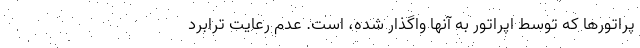
پراتورها که توسط اپراتور به آنها واگذار شده، است. عدم رعایت ترابرد